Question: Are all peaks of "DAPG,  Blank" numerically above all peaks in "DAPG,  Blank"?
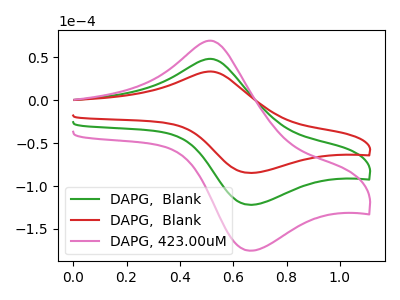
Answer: <think>The green curve "DAPG,  Blank" has an anodic peak at (0.50V, 48.20uA) and a cathodic peak at (0.65V, -121.75uA). The red curve "DAPG,  Blank" has an anodic peak at (0.50V, 33.50uA) and a cathodic peak at (0.65V, -84.65uA). The pink curve "DAPG, 423.00uM" has an anodic peak at (0.50V, 96.40uA) and a cathodic peak at (0.65V, -243.55uA).</think>
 <answer>Every peak in "DAPG,  Blank" is lower than every peak in "DAPG,  Blank".</answer>
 <eval>lower</eval>